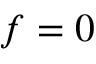
f = 0